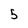
Character: 5